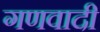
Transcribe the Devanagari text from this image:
गणवादी